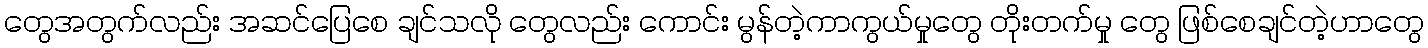
တွေအတွက်လည်း အဆင်ပြေစေ ချင်သလို တွေလည်း ကောင်း မွန်တဲ့ကာကွယ်မှုတွေ တိုးတက်မှု တွေ ဖြစ်စေချင်တဲ့ဟာတွေ